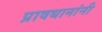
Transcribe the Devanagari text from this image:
प्रावधानांनी